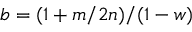
b = ( 1 + m / 2 n ) / ( 1 - w )